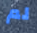
لم